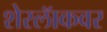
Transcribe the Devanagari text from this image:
शेरलॅाकवर